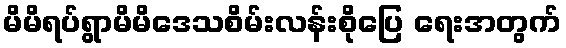
မိမိရပ်ရွာမိမိဒေသစိမ်းလန်းစိုပြေ ရေးအတွက်